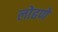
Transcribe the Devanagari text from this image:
लोढणे